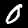
Label: 0